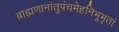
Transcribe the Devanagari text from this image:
ब्राह्मणानांतुपंचमेहनिभूभृतां